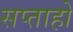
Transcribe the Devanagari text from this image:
सप्ताहो